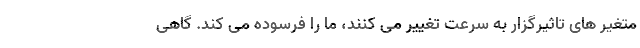
متغیر های تاثیرگزار به سرعت تغییر می کنند، ما را فرسوده می کند. گاهی